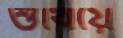
শুঁখিয়ে